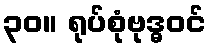
၃၀။ ရုပ်စုံဗုဒ္ဓဝင်